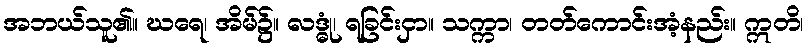
အဘယ်သူ၏။ ဃရေ၊ အိမ်၌။ လဒ္ဓုံ၊ ရခြင်းငှာ။ သက္ကာ၊ တတ်ကောင်းအံ့နည်း။ ဣတိ၊